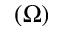
( \Omega )